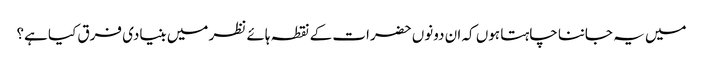
میں یہ جاننا چاہتا ہوں کہ ان دونوں حضرات کے نقطہ ہائے نظر میں بنیادی فرق کیا ہے؟